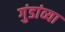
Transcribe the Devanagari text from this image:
गुंडांव्या